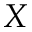
\boldsymbol { X }